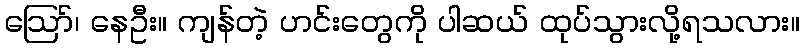
ဪ၊ နေဦး။ ကျန်တဲ့ ဟင်းတွေကို ပါဆယ် ထုပ်သွားလို့ရသလား။